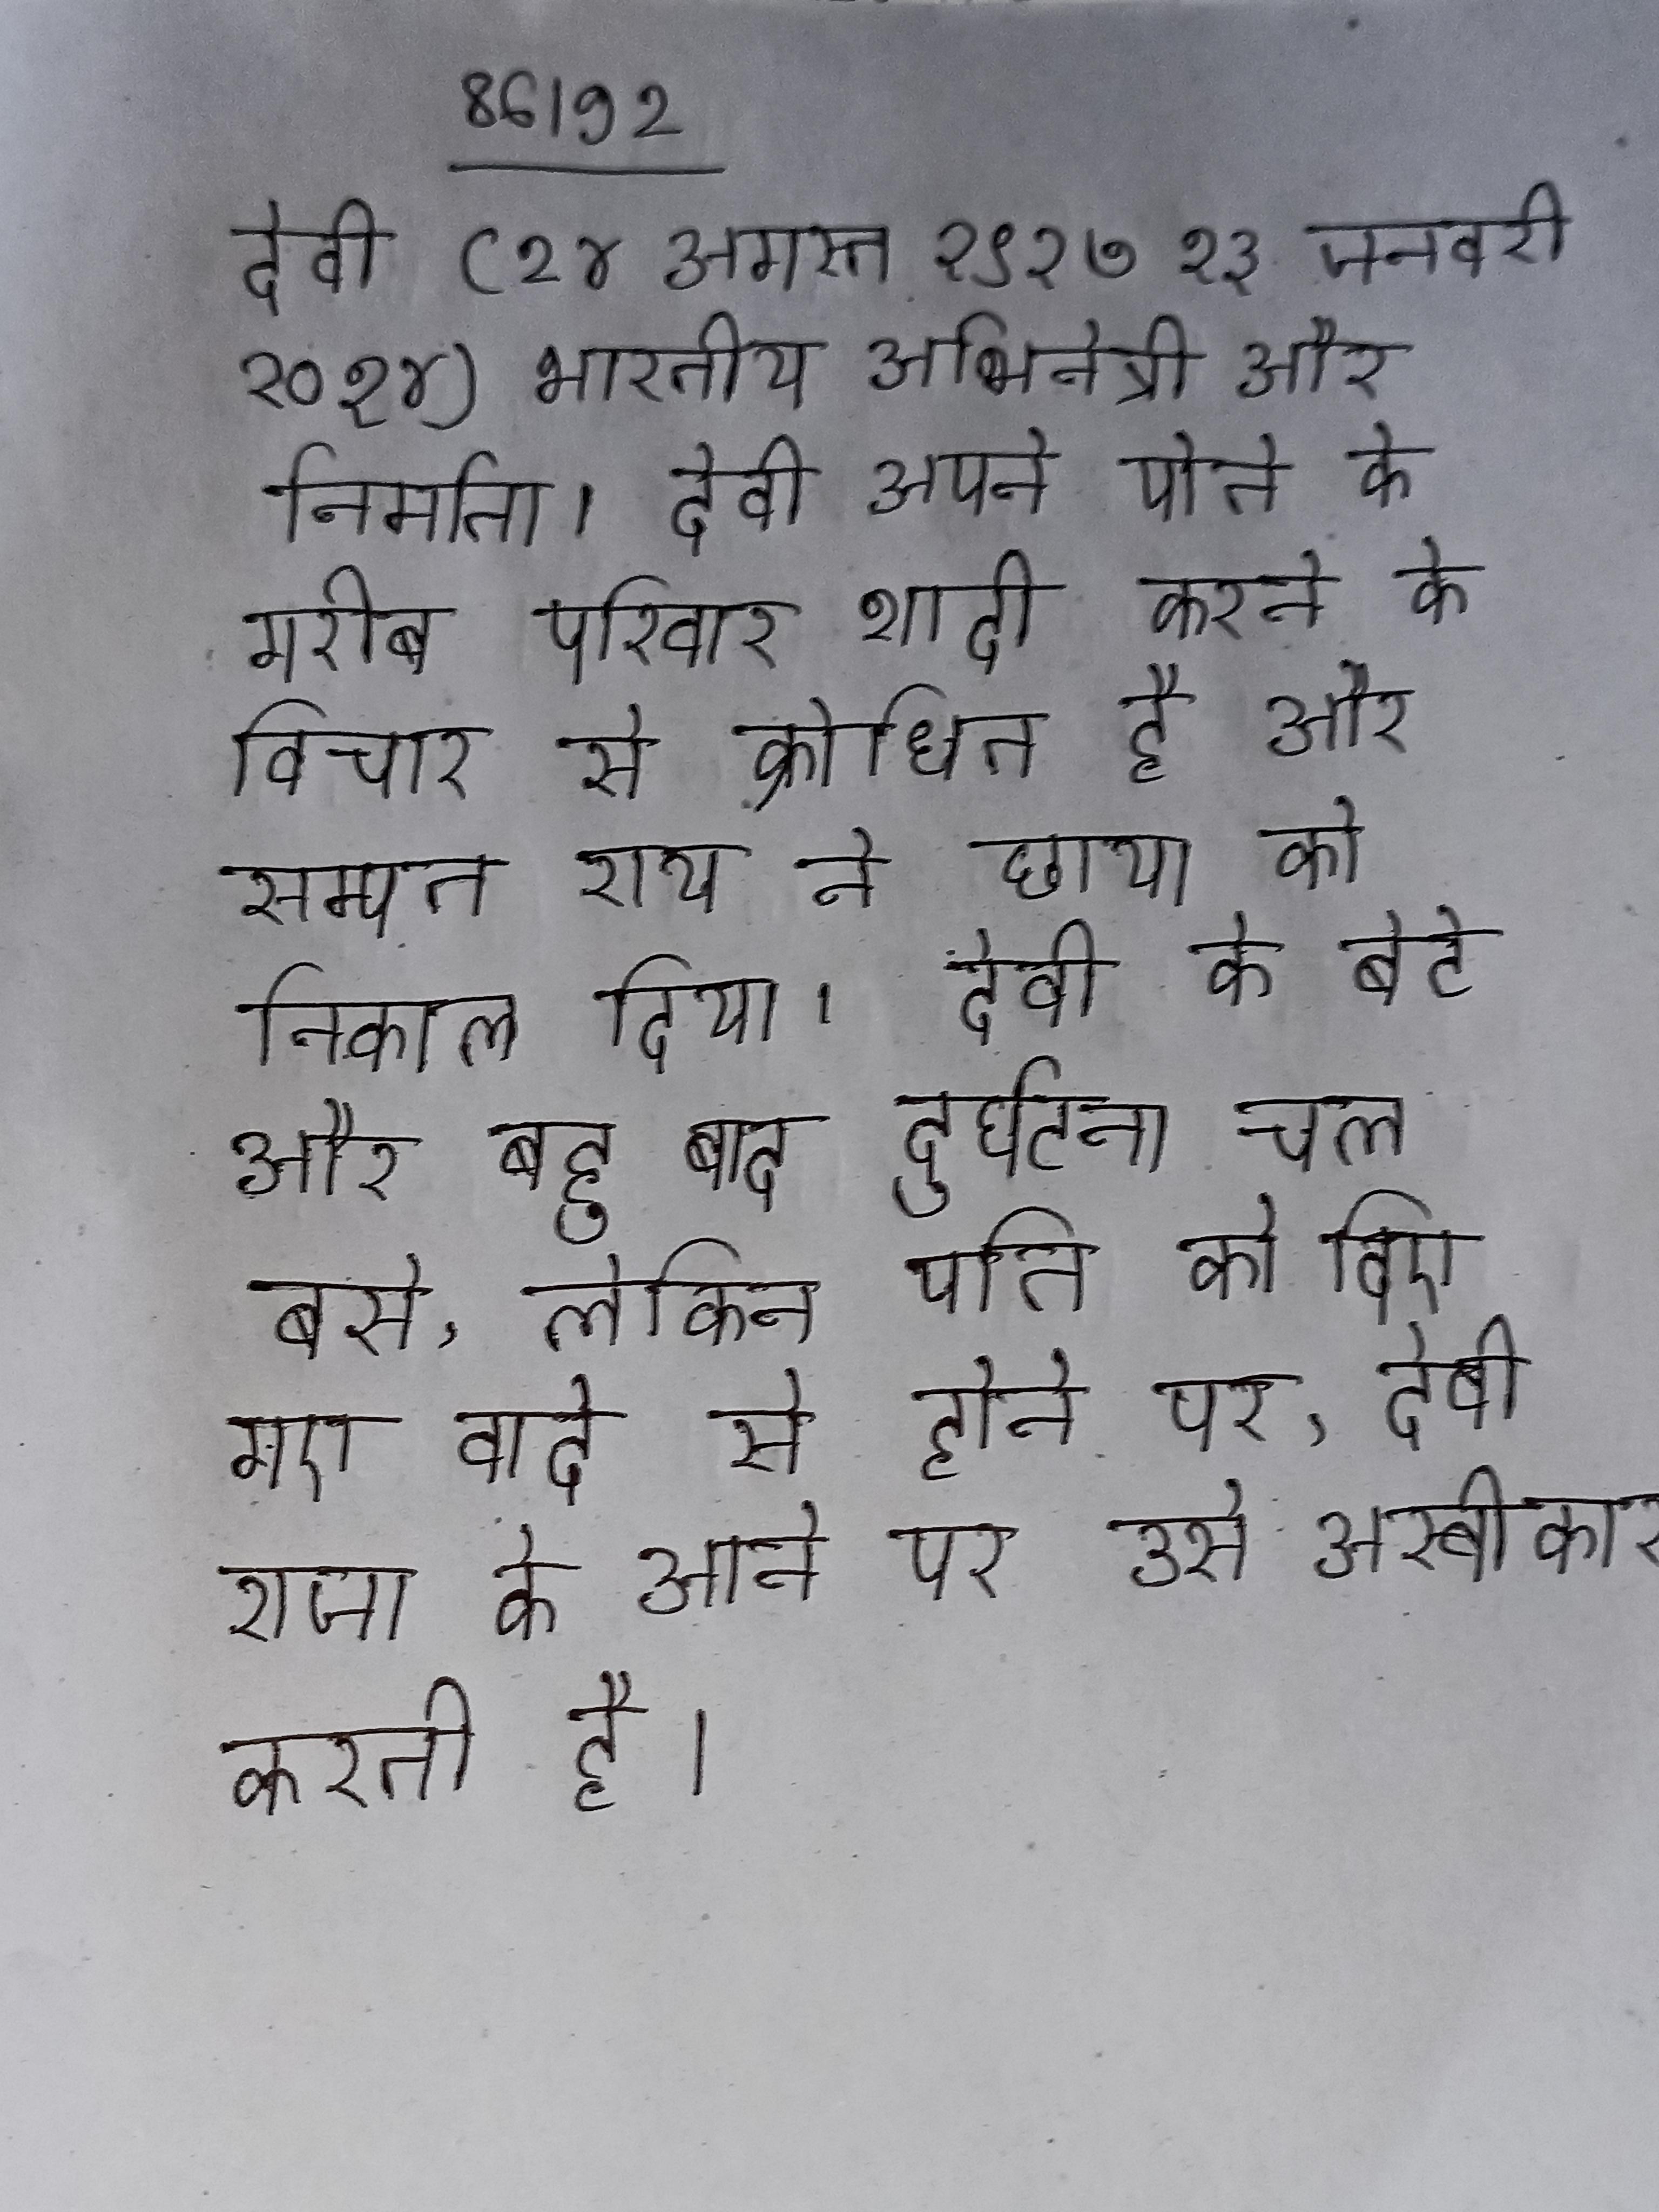
देवी (२४ अगस्त १९२७ १३ जनवरी २०१४) भारतीय अभिनेत्री और निर्माता । देवी अपने पोते के गरीब परिवार शादी करने के विचार से क्रोधित है और सम्पत राय ने छाया को निकाल दिया । देवी के बेटे और बहू बाद दुर्घटना चल बसे, लेकिन पति को दिए गए वादे से होने पर, देवी राजा के आने पर उसे अस्वीकार करती है ।